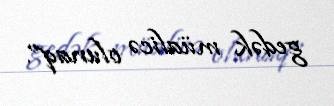
gedək müalicə olunaq”.